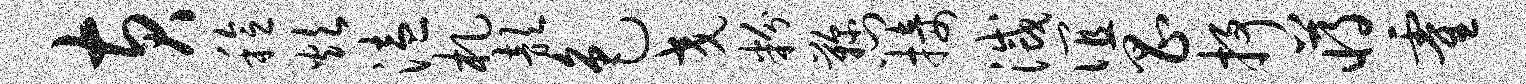
黄稔炊溘札歆色交粉鞠门接灭谊昌抒蒋霍